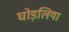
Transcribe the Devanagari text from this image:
घोड़लिया